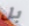
بل